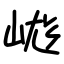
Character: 㟌